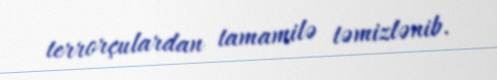
terrorçulardan tamamilə təmizlənib.